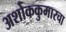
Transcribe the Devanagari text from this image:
अशोककुमारचा